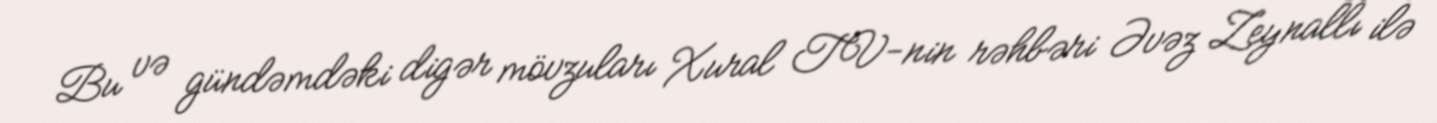
Bu və gündəmdəki digər mövzuları Xural TV-nin rəhbəri Əvəz Zeynallı ilə